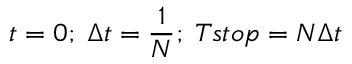
t = 0 ; \; \Delta t = \frac { 1 } { N } ; \; T s t o p = N \Delta t